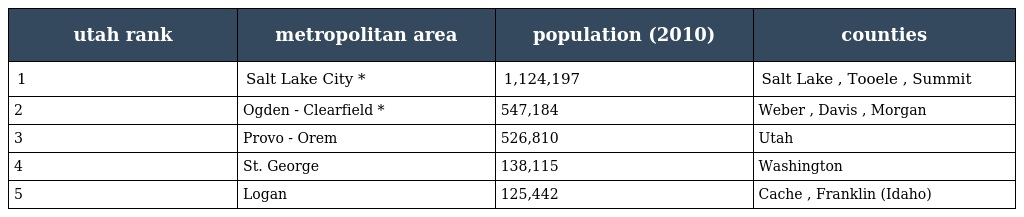
| utah rank | metropolitan area | population (2010) | counties |
 | --- | --- | --- | --- |
 | 1 | Salt Lake City * | 1,124,197 | Salt Lake , Tooele , Summit |
 | 2 | Ogden - Clearfield * | 547,184 | Weber , Davis , Morgan |
 | 3 | Provo - Orem | 526,810 | Utah |
 | 4 | St. George | 138,115 | Washington |
 | 5 | Logan | 125,442 | Cache , Franklin (Idaho) |